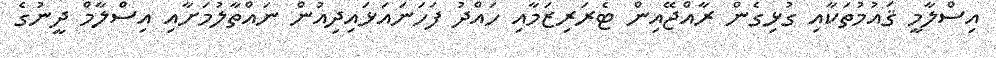
އިސްލާމީ ޤައުމުތަކާއި ގުޅިގެން ރާއްޖޭއިން ޓެރަރިޒަމާއި ހައްދު ފަހަނައަޅައިދިއުން ނައްތާލުމަށާއި އިސްލާމް ދީނުގެ